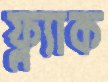
ফ্ল্যাক